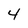
Character: 4